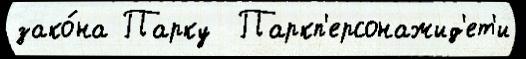
зако́на Парку  Паркп'ерсонажид'ет'и